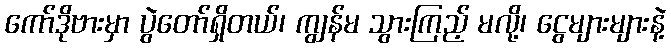
ကော်ဒိုဗားမှာ ပွဲတော်ရှိတယ်၊ ကျွန်မ သွားကြည့် မလို့၊ ငွေများများနဲ့